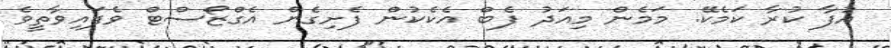
އުފާ ކުރާ ކަމެކޭ. މަމެން މިއަދު ފެބް އެކެކުން ފެށިގެން އެގްޒޯސްޓް ވެފައިވާތީވެ